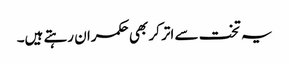
یہ تخت سے اتر کر بھی حکمران رہتے ہیں۔